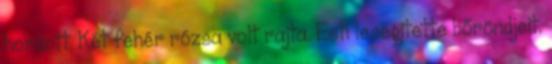
hordott. Két fehér rózsa volt rajta. Esti lesegítette bőröndjeit.